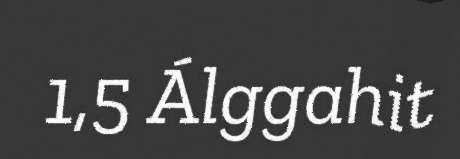
1,5 Álggahit